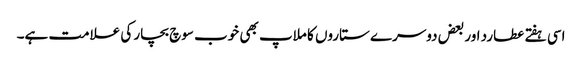
اسی ہفتے عطارد اور بعض دوسرے ستاروں کا ملاپ بھی خوب سوچ بچار کی علامت ہے۔